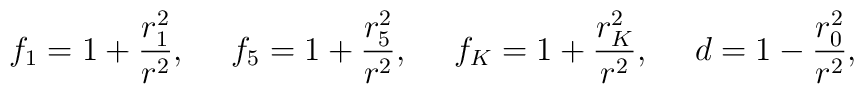
f_1= 1 +{ r_1^2 \over r^2}, ~~~~ f_5= 1 +{ r_5^2 \over r^2},~~~~f_K = 1 + { r_K^2 \over r^2},~~~~ d = 1 - { r_0^2 \over r^2},